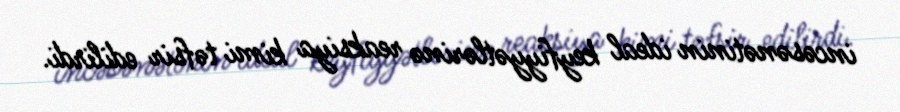
incəsənətinin ideal keyfiyyətlərinə reaksiya kimi təfsir edilirdi.